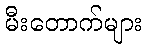
မီးတောက်များ